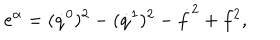
LaTeX: e ^ { \alpha } = ( \dot { q } ^ { 0 } ) ^ { 2 } - ( \dot { q } ^ { 1 } ) ^ { 2 } - \dot { f } ^ { 2 } + f ^ { 2 } ,